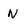
Character: n